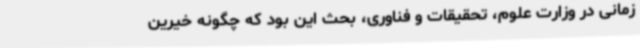
زمانی در وزارت علوم، تحقیقات و فناوری، بحث این بود که چگونه خیرین